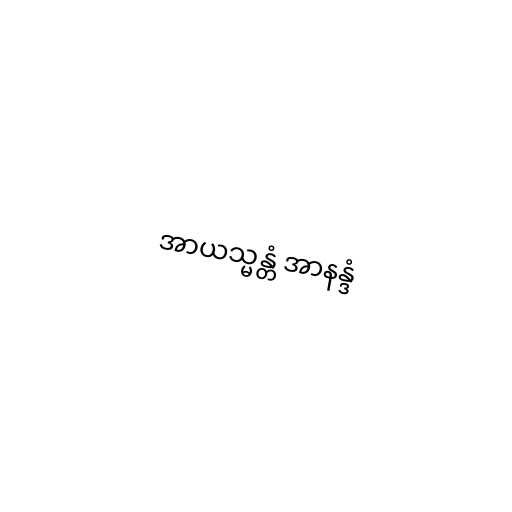
အာယသ္မန္တံ အာနန္ဒံ